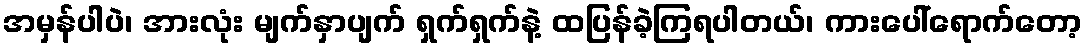
အမှန်ပါပဲ၊ အားလုံး မျက်နှာပျက် ရှက်ရှက်နဲ့ ထပြန်ခဲ့ကြရပါတယ်၊ ကားပေါ်ရောက်တော့